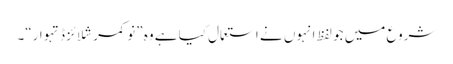
شروع میں جو لفظ انہوں نے استعمال کیا ہے وہ ”نو کمرشلائزڈ تہوار“۔